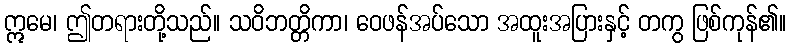
ဣမေ၊ ဤတရားတို့သည်။ သဝိဘတ္တိကာ၊ ဝေဖန်အပ်သော အထူးအပြားနှင့် တကွ ဖြစ်ကုန်၏။